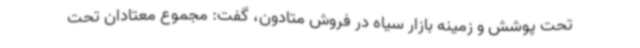
تحت پوشش و زمینه بازار سیاه در فروش متادون، گفت: مجموع معتادان تحت